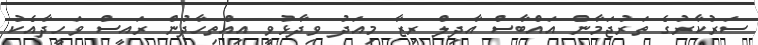
ސަރުކާރުގެ ތަރުޖަމާން އައްބާސް އާދިލް ރިޒާ މިއަދު ވިދާޅުވީ އިއްތިހާދުން ރައީސް ވަހީދާއެކު